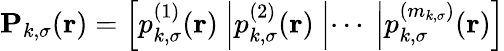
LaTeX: \mathbf{P}_{k,\sigma}(\boldsymbol{\textbf{r}})=\left[p_{k,\sigma}^{(1)}(\boldsymbol{\textbf{r}})~\middle|p_{k,\sigma}^{(2)}(\boldsymbol{\textbf{r}})~\middle|\cdots~\middle|p_{k,\sigma}^{(m_{k,\sigma})}(\boldsymbol{\textbf{r}})\right]